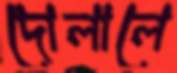
দোলালে